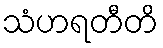
သံဟရတီတိ